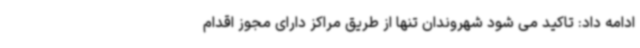
ادامه داد: تاکید می شود شهروندان تنها از طریق مراکز دارای مجوز اقدام